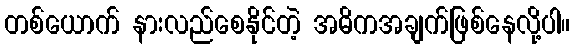
တစ်ယောက် နားလည်စေနိုင်တဲ့ အဓိကအချက်ဖြစ်နေလို့ပါ။